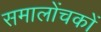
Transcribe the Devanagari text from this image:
समालोंचकों